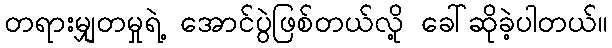
တရားမျှတမှုရဲ့ အောင်ပွဲဖြစ်တယ်လို့ ခေါ်ဆိုခဲ့ပါတယ်။